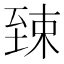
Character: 𫇎